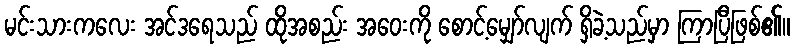
မင်းသားကလေး အင်ဒရေသည် ထိုအစည်း အဝေးကို စောင့်မျှော်လျက် ရှိခဲ့သည်မှာ ကြာပြီဖြစ်၏။